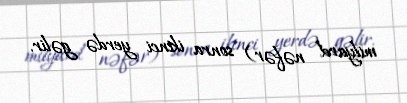
milyard nəfər) sonra ikinci yerdə gəlir.